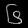
Digit: ၆